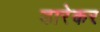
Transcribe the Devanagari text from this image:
डारेकर